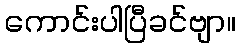
ကောင်းပါပြီခင်ဗျာ။